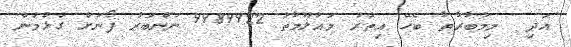
އަދި  މިމުބާރާތާ ބެހޭ އިތުރު މައުލޫމާތު 9989922 ނަންބަރު ފޯނަށް ގުޅުމުން